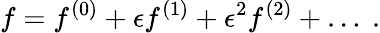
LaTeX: f=f^{(0)}+\epsilon f^{(1)}+\epsilon^{2}f^{(2)}+\ldots\ .